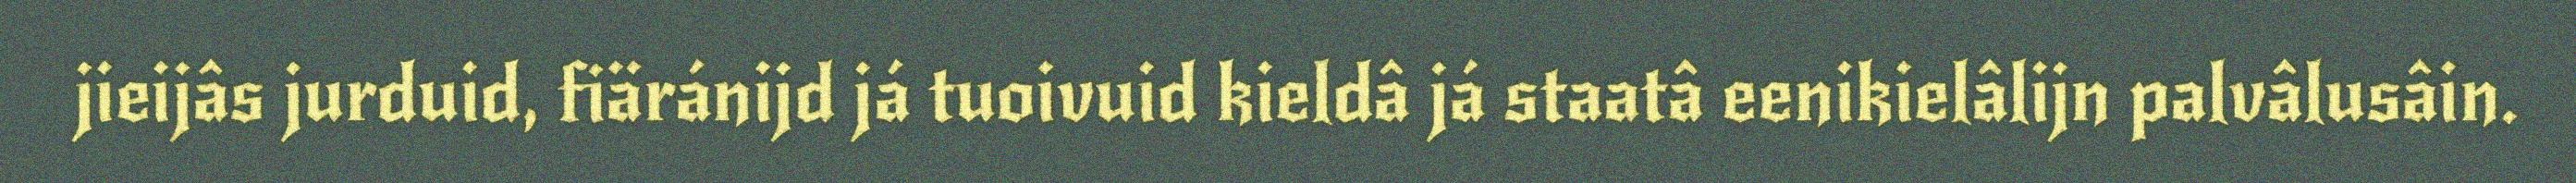
jieijâs jurduid, fiäránijd já tuoivuid kieldâ já staatâ eenikielâlijn palvâlusâin.